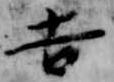
吉